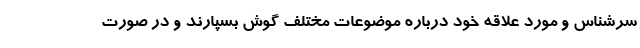
سرشناس و مورد علاقه خود درباره موضوعات مختلف گوش بسپارند و در صورت